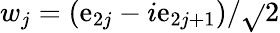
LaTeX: w_{j}=(\mathrm{e}_{2j}-i\mathrm{e}_{2j+1})/{\sqrt{}{{2}}}